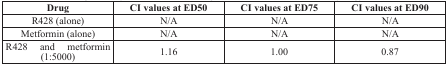
<table><thead><tr><td><b>Drug</b></td><td><b>CI values at ED50</b></td><td><b>CI values at ED75</b></td><td><b>CI values at ED90</b></td></tr></thead><tbody><tr><td>R428 (alone)</td><td>N/A</td><td>N/A</td><td>N/A</td></tr><tr><td>Metformin (alone)</td><td>N/A</td><td>N/A</td><td>N/A</td></tr><tr><td>R428 and metformin (1:5000)</td><td>1.16</td><td>1.00</td><td>0.87</td></tr></tbody></table>